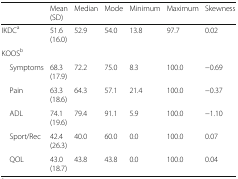
<table><thead><tr><td></td><td><b>Mean (SD)</b></td><td><b>Median</b></td><td><b>Mode</b></td><td><b>Minimum</b></td><td><b>Maximum</b></td><td><b>Skewness</b></td></tr></thead><tbody><tr><td>IKDC<sup>a</sup></td><td>51.6 (16.0)</td><td>52.9</td><td>54.0</td><td>13.8</td><td>97.7</td><td>0.02</td></tr><tr><td colspan="7">KOOS<sup>b</sup></td></tr><tr><td> Symptoms</td><td>68.3 (17.9)</td><td>72.2</td><td>75.0</td><td>8.3</td><td>100.0</td><td>−0.69</td></tr><tr><td> Pain</td><td>63.3 (18.6)</td><td>64.3</td><td>57.1</td><td>21.4</td><td>100.0</td><td>−0.37</td></tr><tr><td> ADL</td><td>74.1 (19.6)</td><td>79.4</td><td>91.1</td><td>5.9</td><td>100.0</td><td>−1.10</td></tr><tr><td> Sport/Rec</td><td>42.4 (26.3)</td><td>40.0</td><td>60.0</td><td>0.0</td><td>100.0</td><td>0.07</td></tr><tr><td> QOL</td><td>43.0 (18.7)</td><td>43.8</td><td>43.8</td><td>0.0</td><td>100.0</td><td>0.04</td></tr></tbody></table>